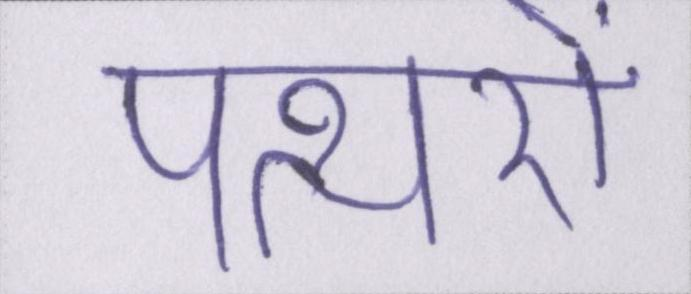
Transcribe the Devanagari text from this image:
पत्थरों